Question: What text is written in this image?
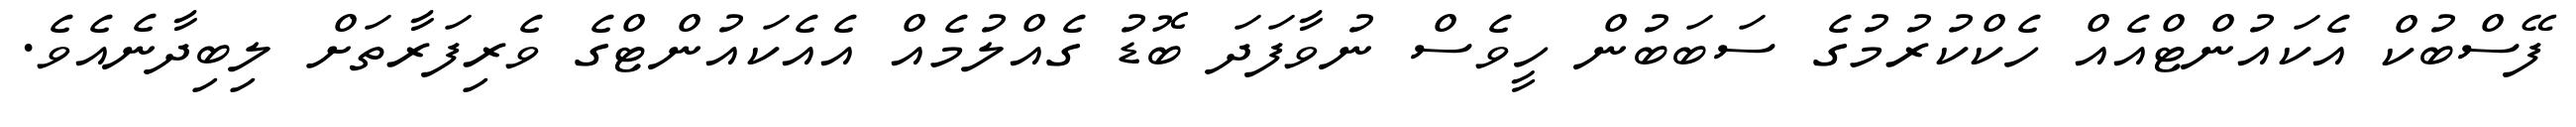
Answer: ފޭސްބުކް އެކައުންޓްއެއް ހެކްކުރުމުގެ ސަބަބުން ހީވެސް ނުވާފަދަ ބޮޑު ގެއްލުމެއް އެއެކައުންޓްގެ ވެރިފަރާތަށް ލިބިދާނެއެވެ.